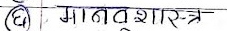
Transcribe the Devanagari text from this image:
मानवशास्त्र